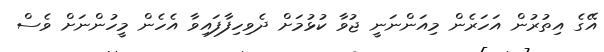
އޭގެ އިތުރުން އަހަރެން މިއަންނަނީ ޖުވާ ކުޅުމަށް ދެވިހިފާފައިވާ އެހެން މީހުންނަށް ވެސް